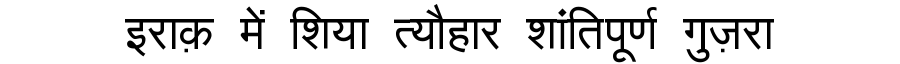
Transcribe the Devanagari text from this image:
इराक़ में शिया त्यौहार शांतिपूर्ण गुज़रा